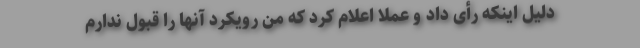
دلیل اینکه رأی داد و عملا اعلام کرد که من رویکرد آنها را قبول ندارم